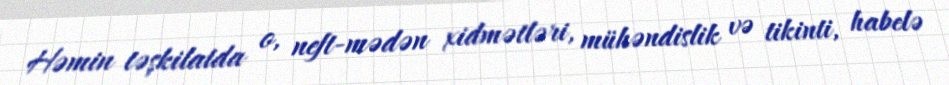
Həmin təşkilatda o, neft-mədən xidmətləri, mühəndislik və tikinti, habelə